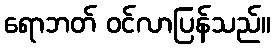
ရောဘတ် ဝင်လာပြန်သည်။